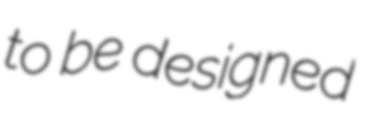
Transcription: to be designed